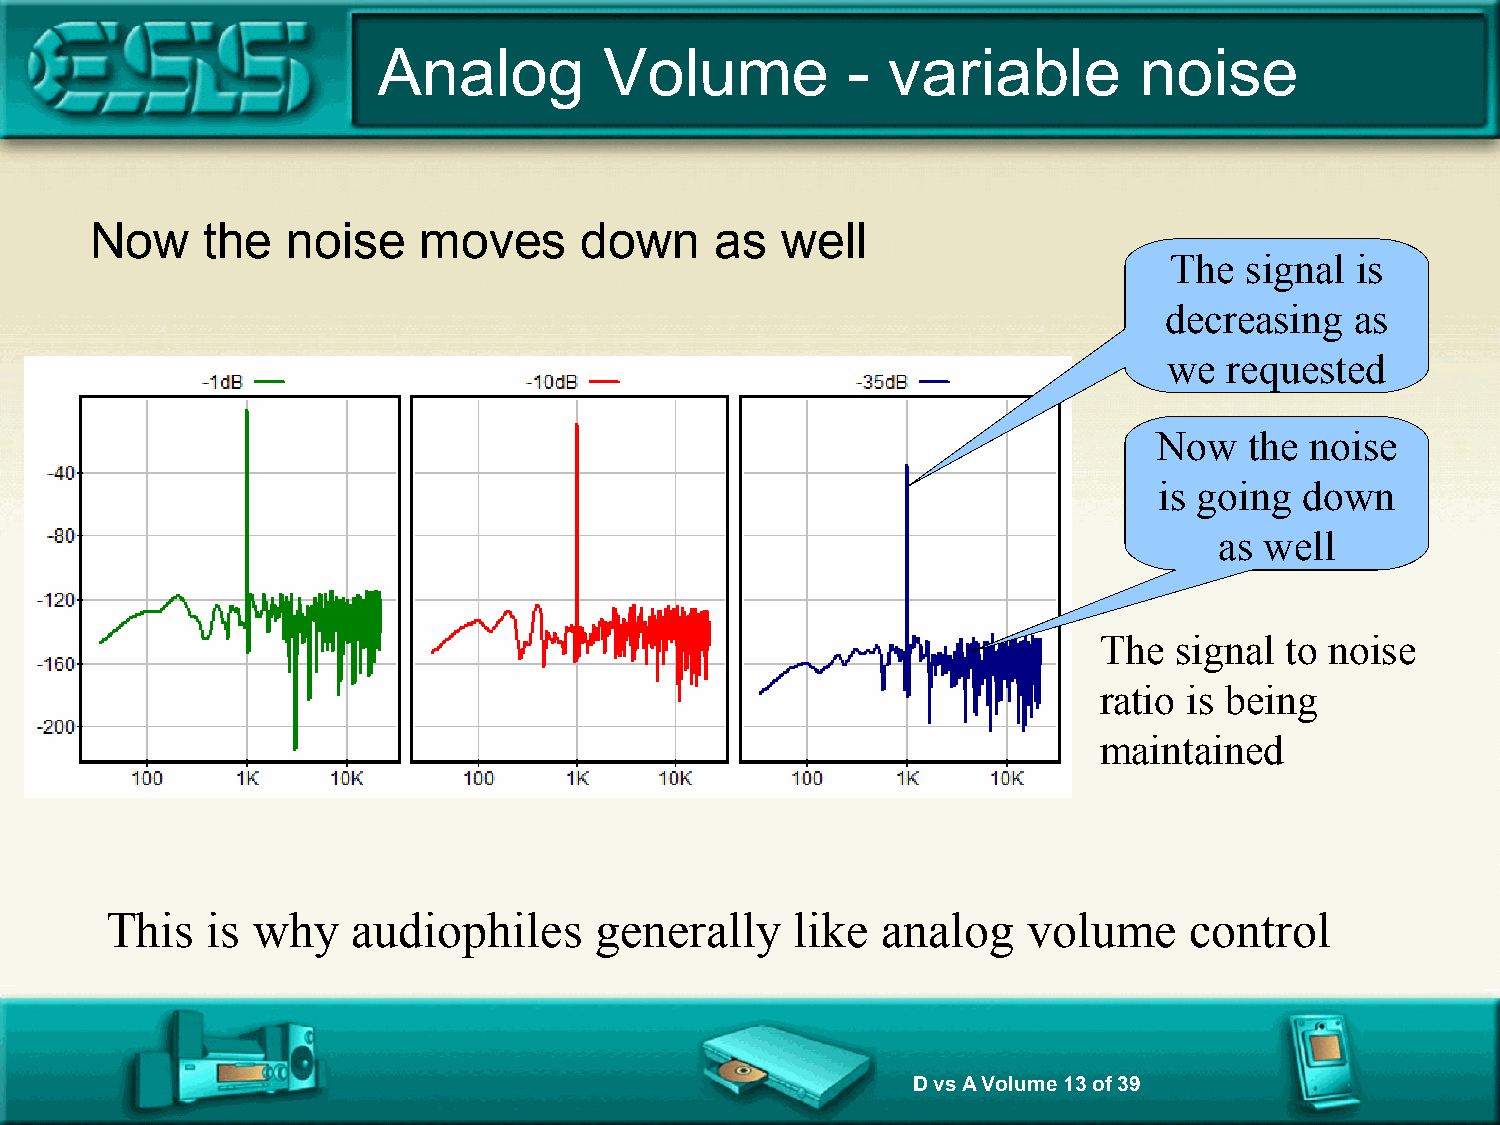
Analog         Volume          -  variable        noise
 Now    the   noise    moves     down     as   well
 The  signal  is
 decreasing   as
 we  requested
 Now   the noise
 is going down
 as well
 The  signal to noise
 ratio is being
 maintained
 This   is why   audiophiles     generally     like analog    volume     control
 D vs A Volume 13 of 39